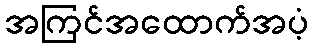
အကြင်အထောက်အပံ့